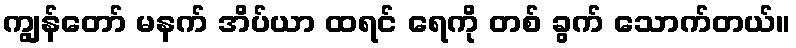
ကျွန်တော် မနက် အိပ်ယာ ထရင် ရေကို တစ် ခွက် သောက်တယ်။